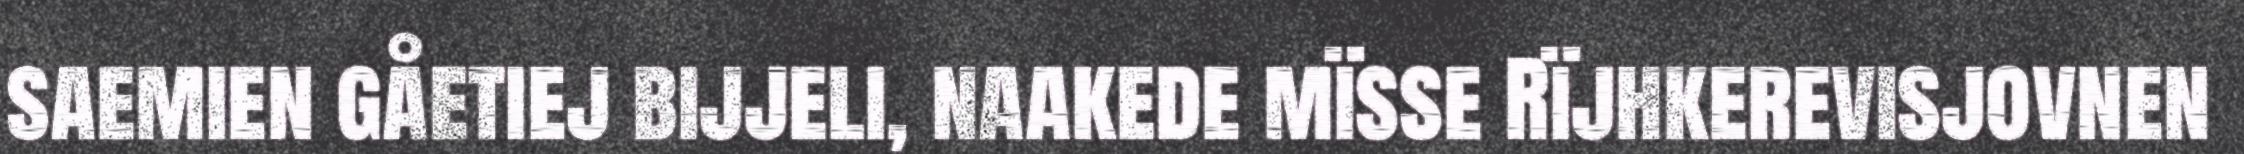
saemien gåetiej bijjeli, naakede mïsse Rïjhkerevisjovnen